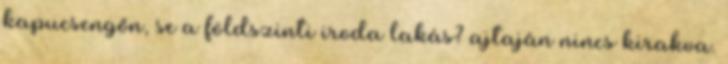
kapucsengőn, se a földszinti iroda lakás? ajtaján nincs kirakva.